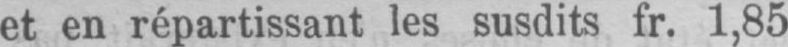
et en répartissant les susdits fr. 1,85